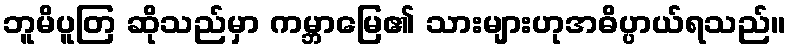
ဘူမိပူတြ ဆိုသည်မှာ ကမ္ဘာမြေ၏ သားများဟုအဓိပ္ပာယ်ရသည်။